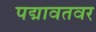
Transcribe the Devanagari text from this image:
पद्मावतवर